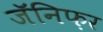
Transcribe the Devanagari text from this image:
जॅनिफ़र